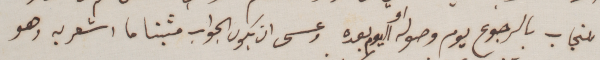
للنجاب بالرجوع يوم وصوله او اليوم بعده وعسى ان يكون الجواب مثبتا ما اشعر به وهو